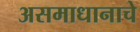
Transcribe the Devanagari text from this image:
असमाधानाचे